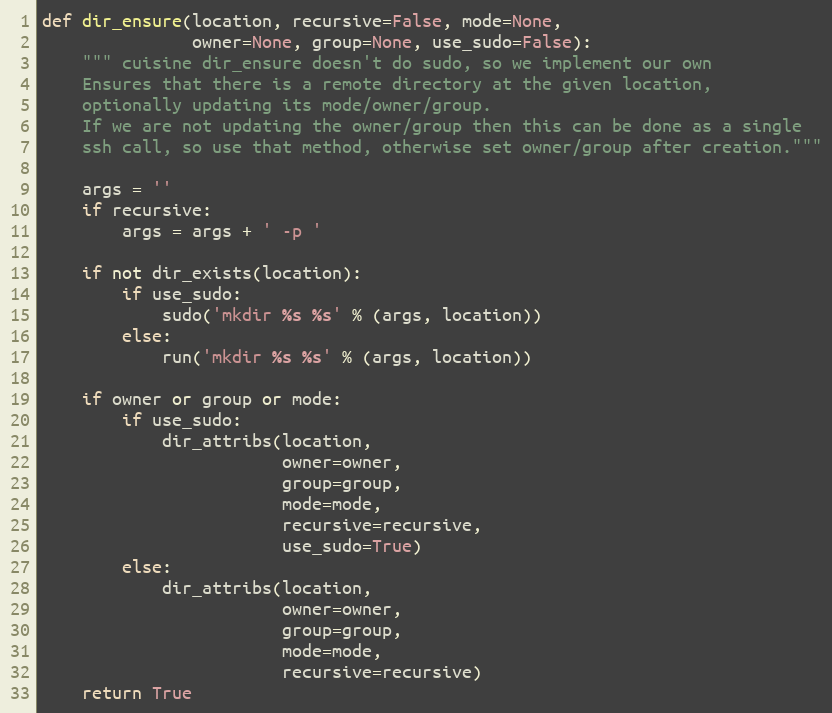
Language: Python
def dir_ensure(location, recursive=False, mode=None,
               owner=None, group=None, use_sudo=False):
    """ cuisine dir_ensure doesn't do sudo, so we implement our own
    Ensures that there is a remote directory at the given location,
    optionally updating its mode/owner/group.
    If we are not updating the owner/group then this can be done as a single
    ssh call, so use that method, otherwise set owner/group after creation."""

    args = ''
    if recursive:
        args = args + ' -p '

    if not dir_exists(location):
        if use_sudo:
            sudo('mkdir %s %s' % (args, location))
        else:
            run('mkdir %s %s' % (args, location))

    if owner or group or mode:
        if use_sudo:
            dir_attribs(location,
                        owner=owner,
                        group=group,
                        mode=mode,
                        recursive=recursive,
                        use_sudo=True)
        else:
            dir_attribs(location,
                        owner=owner,
                        group=group,
                        mode=mode,
                        recursive=recursive)
    return True